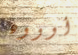
أوووه